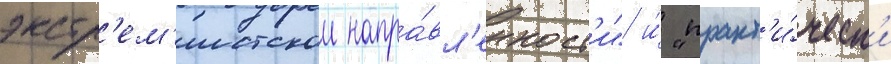
экстр'ем'истскои напра́вл'енност'и" и́ "практ'и́ческ'и